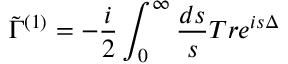
\tilde { \Gamma } ^ { ( 1 ) } = - \frac { i } { 2 } \int _ { 0 } ^ { \infty } \frac { d s } { s } T r e ^ { i s \Delta }